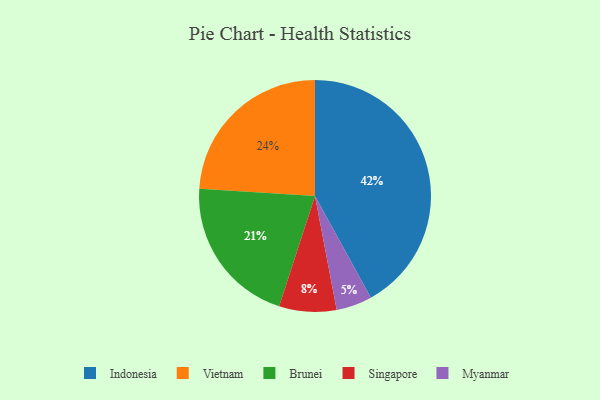
{"axis": {"x": "Category", "y": "Percentage"}, "legend": ["Brunei", "Indonesia", "Myanmar", "Singapore", "Vietnam"], "data": [{"x": "Indonesia", "y": 42, "type": "Indonesia"}, {"x": "Myanmar", "y": 5, "type": "Myanmar"}, {"x": "Singapore", "y": 8, "type": "Singapore"}, {"x": "Brunei", "y": 21, "type": "Brunei"}, {"x": "Vietnam", "y": 24, "type": "Vietnam"}]}